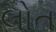
લોત